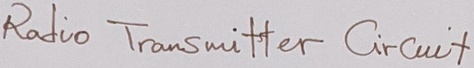
Text: Radio Transmitter Circuilt